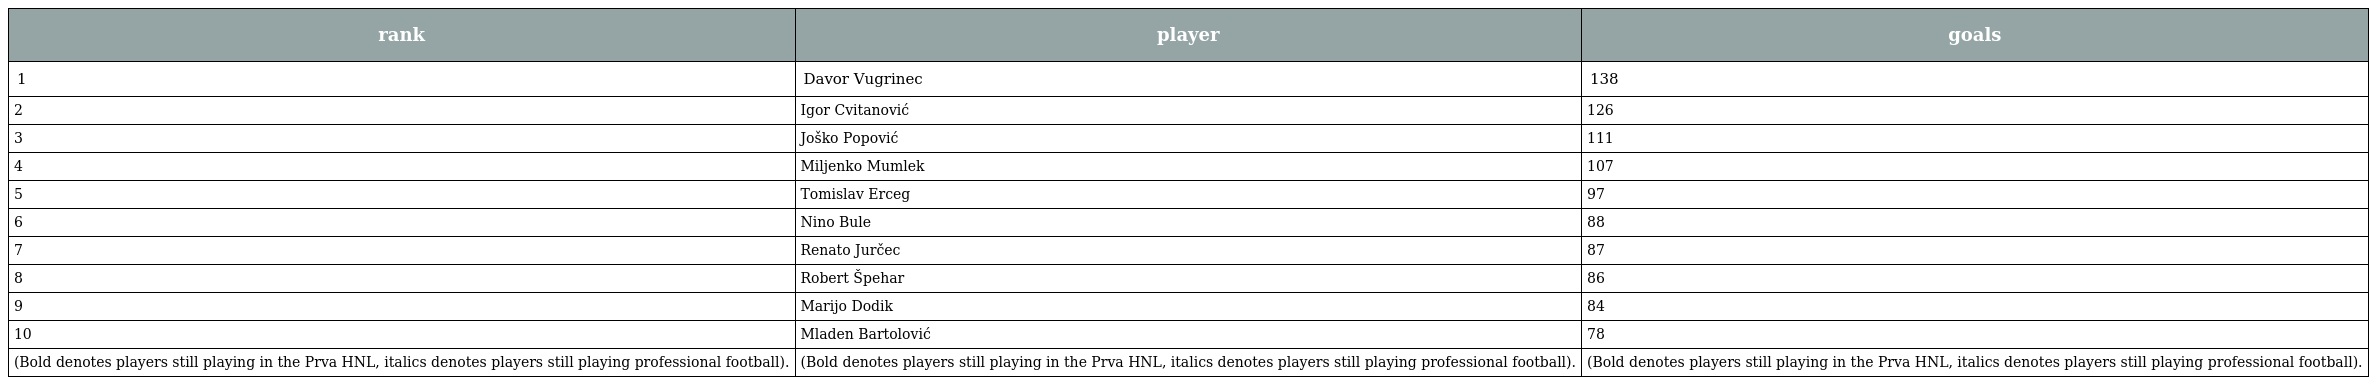
| rank | player | goals |
 | --- | --- | --- |
 | 1 | Davor Vugrinec | 138 |
 | 2 | Igor Cvitanović | 126 |
 | 3 | Joško Popović | 111 |
 | 4 | Miljenko Mumlek | 107 |
 | 5 | Tomislav Erceg | 97 |
 | 6 | Nino Bule | 88 |
 | 7 | Renato Jurčec | 87 |
 | 8 | Robert Špehar | 86 |
 | 9 | Marijo Dodik | 84 |
 | 10 | Mladen Bartolović | 78 |
 | (Bold denotes players still playing in the Prva HNL, italics denotes players still playing professional football). | (Bold denotes players still playing in the Prva HNL, italics denotes players still playing professional football). | (Bold denotes players still playing in the Prva HNL, italics denotes players still playing professional football). |